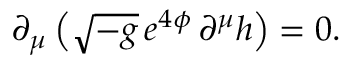
\partial _ { \mu } \left( \sqrt { - g } \, e ^ { 4 \phi } \, \partial ^ { \mu } h \right) = 0 .